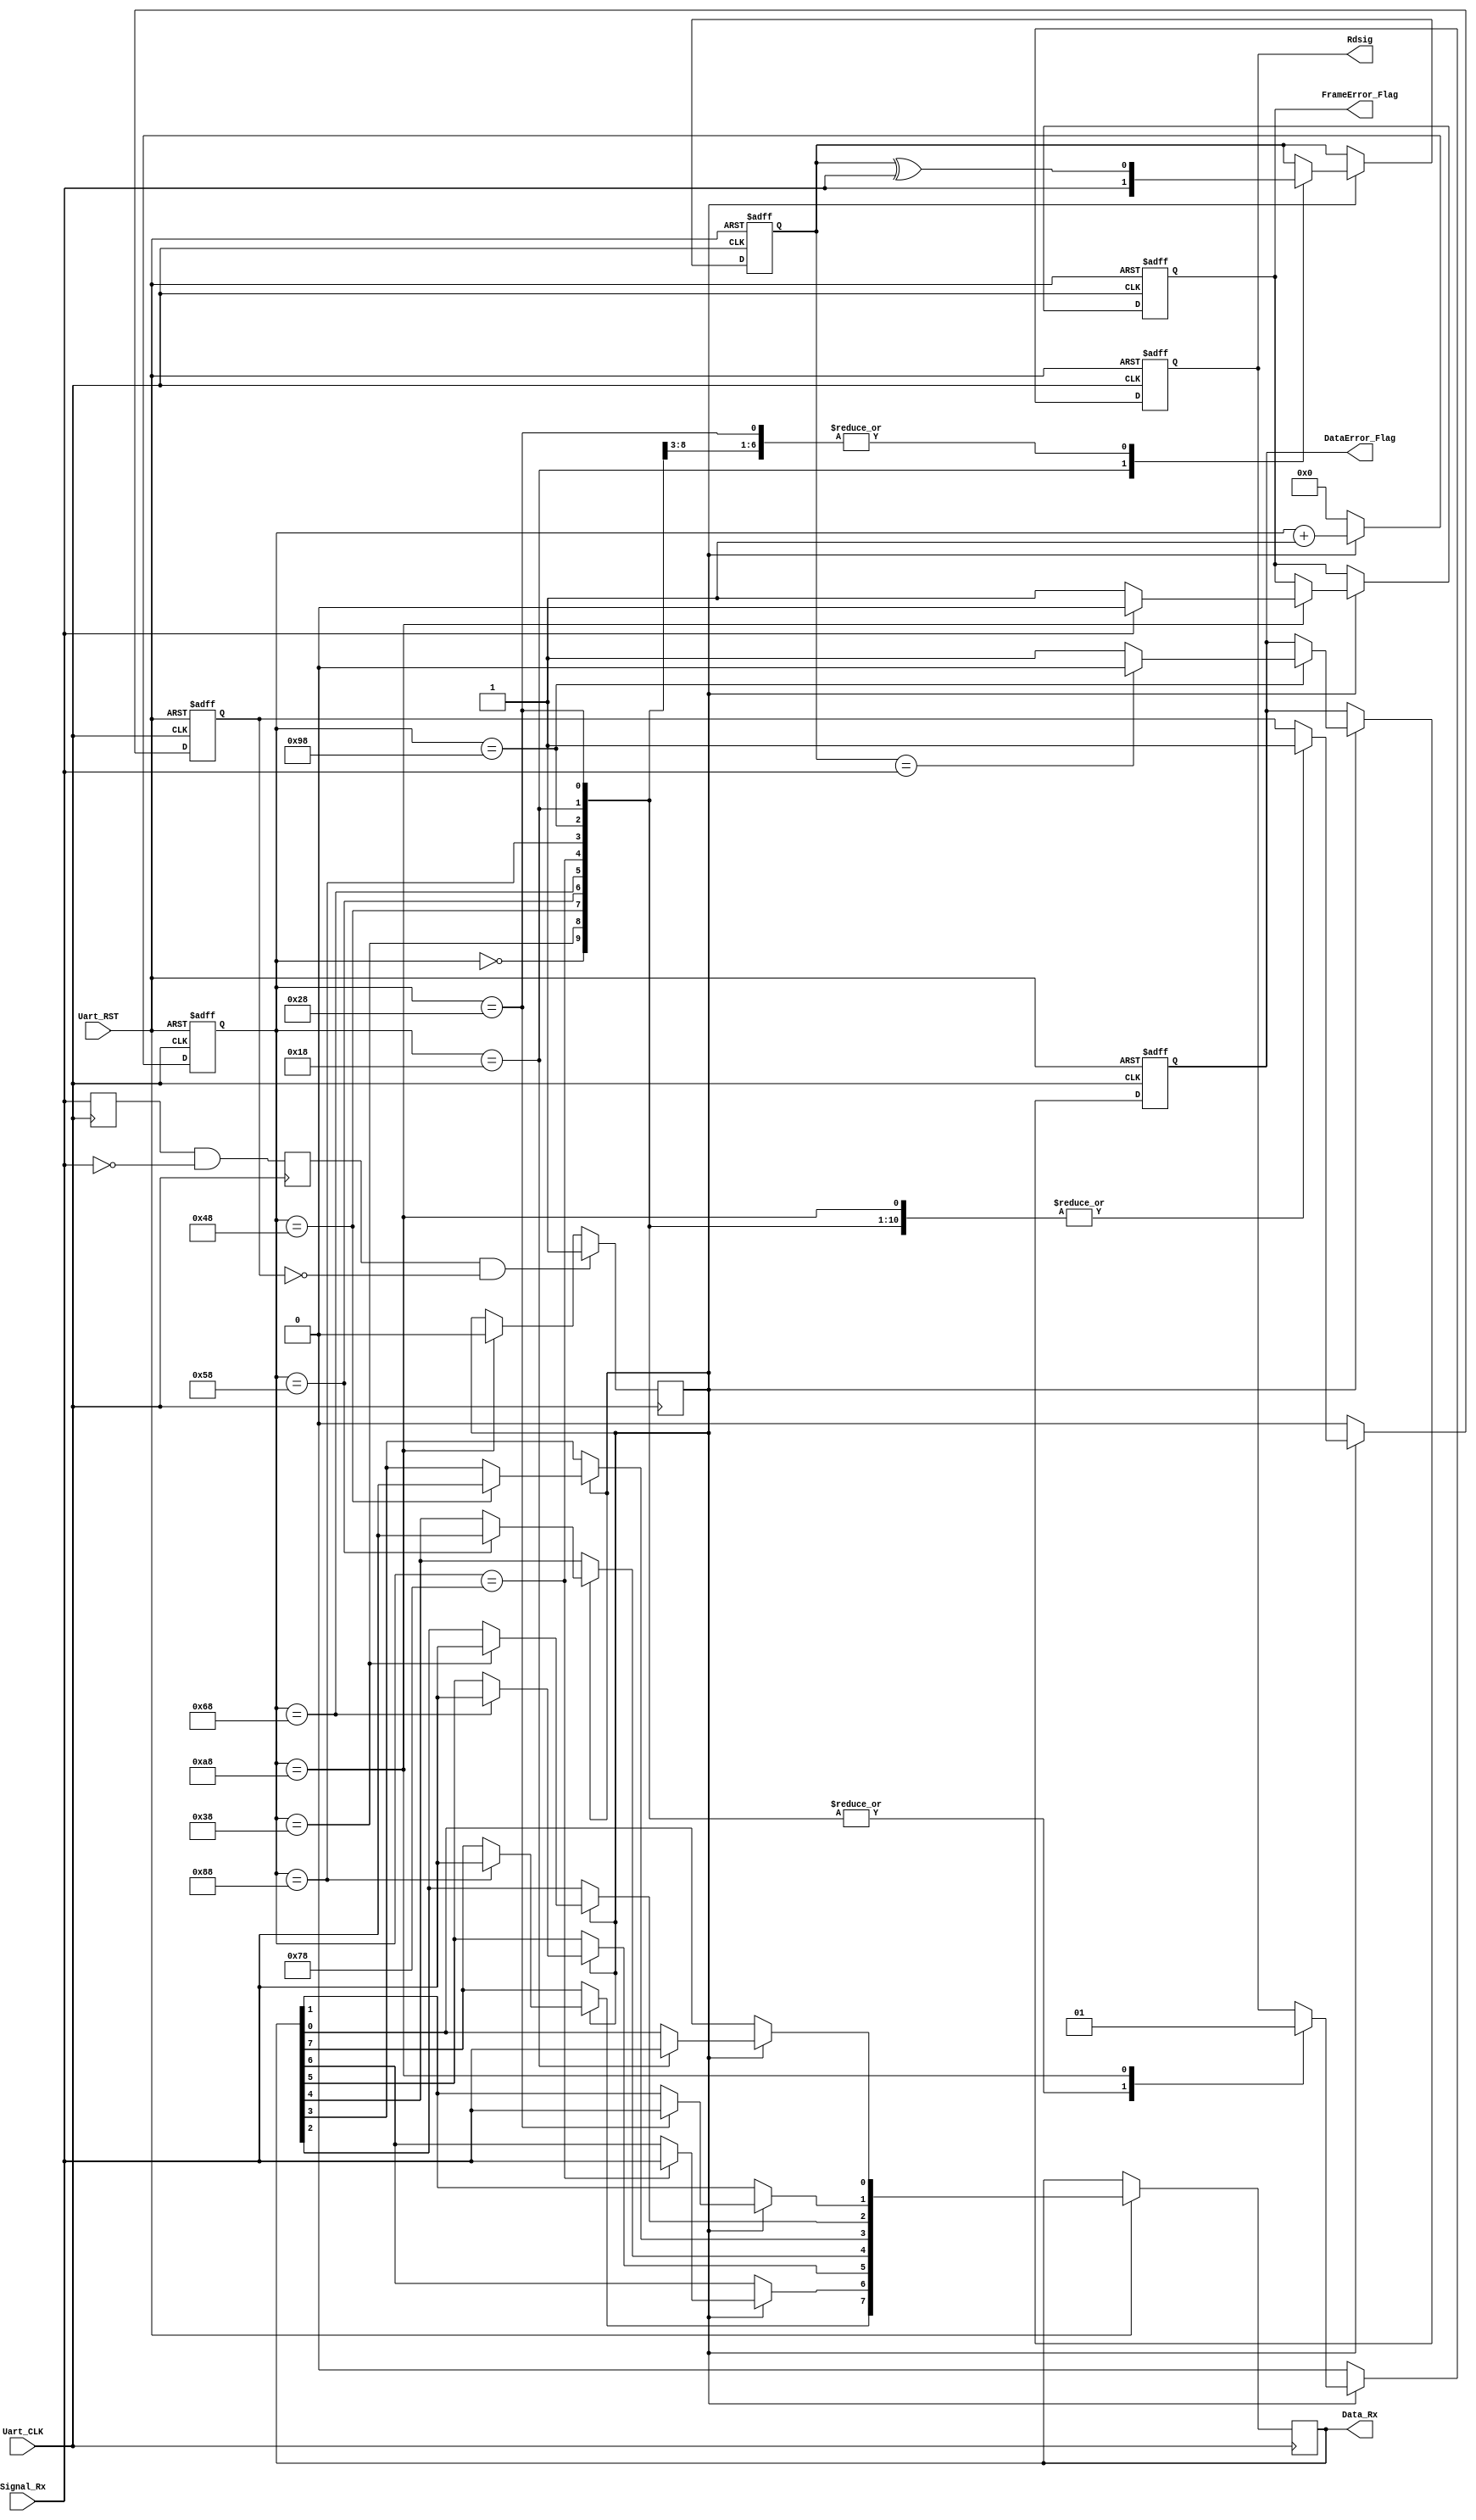
module Uart_Rx(Uart_CLK, Uart_RST, Signal_Rx, Data_Rx, Rdsig, DataError_Flag, FrameError_Flag);
	input Uart_CLK;
	input Uart_RST;
	input Signal_Rx;
	output reg [7:0] Data_Rx;
	output reg Rdsig;
	output reg DataError_Flag;
	output reg FrameError_Flag;

	reg [7:0] cnt;

	reg RxBuf;
	reg RxFall;
	reg Recieve;

	reg Presult;
	reg Idle;

	parameter paritymode = 1'b0;

	always @(posedge Uart_CLK) begin
		RxBuf <= Signal_Rx;
		RxFall <= RxBuf & (~Signal_Rx);
	end

	// Starting uart receiving program
	always @(posedge Uart_CLK) begin
		if (RxFall && (~Idle))
			Recieve <= 1'b1;
		else if(cnt == 8'd168)
			Recieve <= 1'b0;
	end

	// Receive a bit every 16 clocks
	always @(posedge Uart_CLK or negedge Uart_RST) begin
		if (!Uart_RST) begin
			Idle <= 1'b0;
			cnt <= 8'd0;
			Rdsig <= 1'b0;	 
			FrameError_Flag <= 1'b0; 
			DataError_Flag <= 1'b0;	  
			Presult <= 1'b0;
		end
		else if(Recieve == 1'b1) begin
			case(cnt)
				8'd0:		begin
								Idle <= 1'b1;
								cnt <= cnt + 8'd1;
								Rdsig <= 1'b0;
							end
				8'd24:	begin
								Idle <= 1'b1;
								Data_Rx[0] <= Signal_Rx;
								Presult <= paritymode^Signal_Rx;
								cnt <= cnt + 8'd1;
								Rdsig <= 1'b0;
							end
				8'd40:	begin
								Idle <= 1'b1;
								Data_Rx[1] <= Signal_Rx;
								Presult <= Presult^Signal_Rx;
								cnt <= cnt + 8'd1;
								Rdsig <= 1'b0;
							end
				8'd56:	begin
								Idle <= 1'b1;
								Data_Rx[2] <= Signal_Rx;
								Presult <= Presult^Signal_Rx;
								cnt <= cnt + 8'd1;
								Rdsig <= 1'b0;
							end
				8'd72:	begin
								Idle <= 1'b1;
								Data_Rx[3] <= Signal_Rx;
								Presult <= Presult^Signal_Rx;
								cnt <= cnt + 8'd1;
								Rdsig <= 1'b0;
							end
				8'd88:	begin
								Idle <= 1'b1;
								Data_Rx[4] <= Signal_Rx;
								Presult <= Presult^Signal_Rx;
								cnt <= cnt + 8'd1;
								Rdsig <= 1'b0;
							end
				8'd104:	begin
								Idle <= 1'b1;
								Data_Rx[5] <= Signal_Rx;
								Presult <= Presult^Signal_Rx;
								cnt <= cnt + 8'd1;
								Rdsig <= 1'b0;
							end
				8'd120:	begin
								Idle <= 1'b1;
								Data_Rx[6] <= Signal_Rx;
								Presult <= Presult^Signal_Rx;
								cnt <= cnt + 8'd1;
								Rdsig <= 1'b0;
							end
				8'd136:	begin
								Idle <= 1'b1;
								Data_Rx[7] <= Signal_Rx;
								Presult <= Presult^Signal_Rx;
								cnt <= cnt + 8'd1;
								Rdsig <= 1'b0;
							end
				8'd152:	begin
								Idle <= 1'b1;
								if(Presult == Signal_Rx)
									DataError_Flag <= 1'b0;
								else
									DataError_Flag <= 1'b1;
								cnt <= cnt + 8'd1;
								Rdsig <= 1'b0;
							end
				8'd168:	begin
								Idle <= 1'b1;
								if(1'b1 == Signal_Rx)
									FrameError_Flag <= 1'b0;
								else
									FrameError_Flag <= 1'b1;
								cnt <= cnt + 8'd1;
								Rdsig <= 1'b1;
							end
				default:
							cnt <= cnt + 8'd1;
			endcase
		end
		else begin
			cnt <= 8'd0;
			Idle <= 1'b0;
			Rdsig <= 1'b0;	 
		end
	end

endmodule